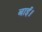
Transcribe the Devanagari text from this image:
बाई।